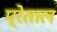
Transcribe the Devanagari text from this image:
प्रेताल